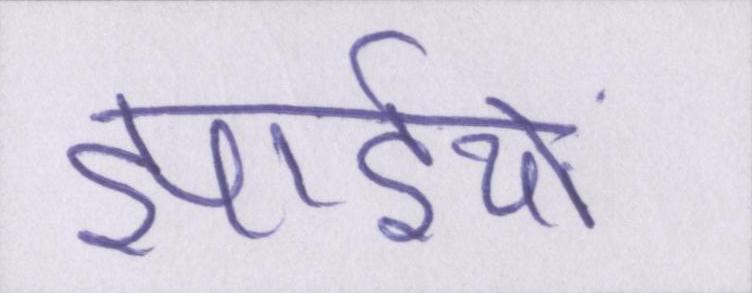
झाईयों